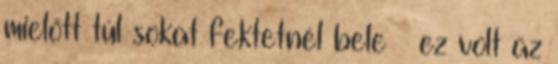
mielőtt túl sokat fektetnél bele – ez volt az